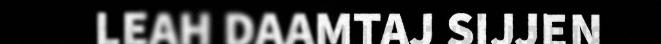
LEAH DAAMTAJ SIJJEN